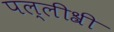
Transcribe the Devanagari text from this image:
पल्लीश्री